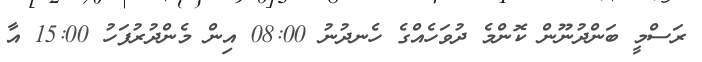
ރަސްމީ ބަންދުނޫން ކޮންމެ ދުވަހެއްގެ ހެނދުނު 08:00 އިން މެންދުރުފަހު 15:00 އާ